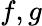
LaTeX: f,g